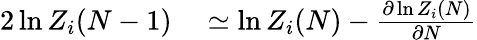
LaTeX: \begin{array}{rl}{{2}\ln Z_{i}(N-1)}&{{}\simeq\ln Z_{i}(N)-{\frac{\partial\ln Z_{i}(N)}{\partial N}}}\end{array}